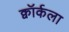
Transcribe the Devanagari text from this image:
क्वॉर्कला